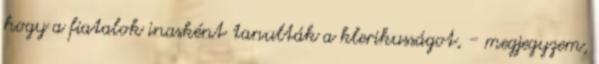
hogy a fiatalok inasként tanulták a klerikusságot, - megjegyzem,